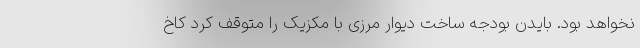
نخواهد بود. بایدن بودجه ساخت دیوار مرزی با مکزیک را متوقف کرد کاخ